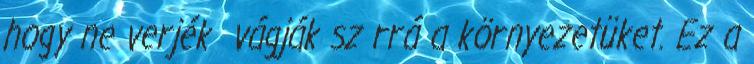
hogy ne verjék vágják sz rrá a környezetüket. Ez a